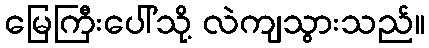
မြေကြီးပေါ်သို့ လဲကျသွားသည်။